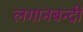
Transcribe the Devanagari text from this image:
लगानबन्दी